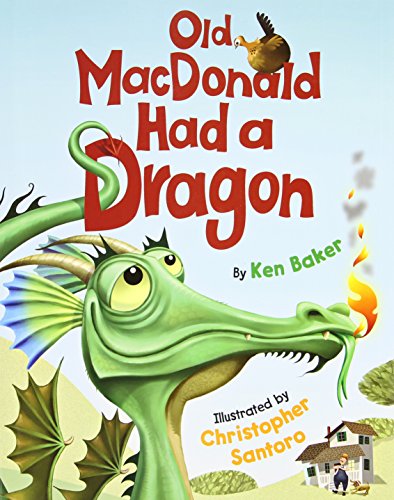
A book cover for Old MacDonald Had a Dragon; Ken Baker; Children's Books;